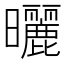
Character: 曬